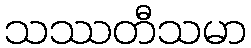
သဿတီသမာ